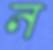
ন